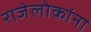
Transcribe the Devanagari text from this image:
राजेलोकांना